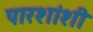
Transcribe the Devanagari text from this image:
पारशांशी